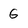
Character: G